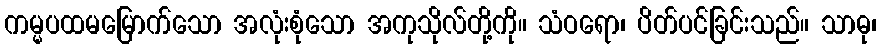
ကမ္မပထမမြောက်သော အလုံးစုံသော အကုသိုလ်တို့ကို။ သံဝရော၊ ပိတ်ပင်ခြင်းသည်။ သာဓု၊